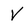
Character: V